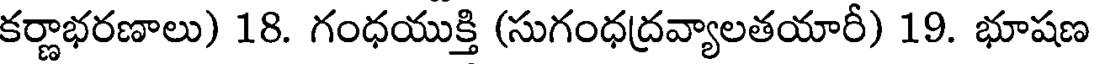
కర్ణాభరణాలు) 18. గంధయుక్తి (సుగంధద్రవ్యాలతయారీ) 19. భూషణ